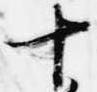
十